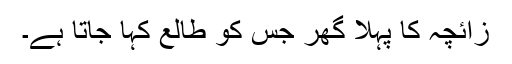
زائچہ کا پہلا گھر جس کو طالع کہا جاتا ہے۔